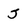
Character: J